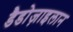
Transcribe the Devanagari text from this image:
डैडोज़ाइलान